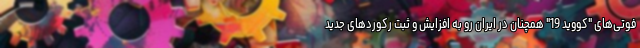
فوتی‌های "کووید 19" همچنان در ایران رو به افزایش و ثبت رکوردهای جدید